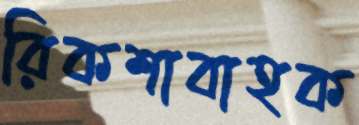
রিকশাবাহক